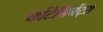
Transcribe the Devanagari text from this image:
कोंटेमिनेंट्स